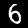
Label: 6